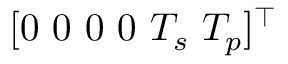
[ 0 \mathrm { ~ } 0 \mathrm { ~ } 0 \mathrm { ~ } 0 \mathrm { ~ } T _ { s } \mathrm { ~ } T _ { p } ] ^ { \intercal }